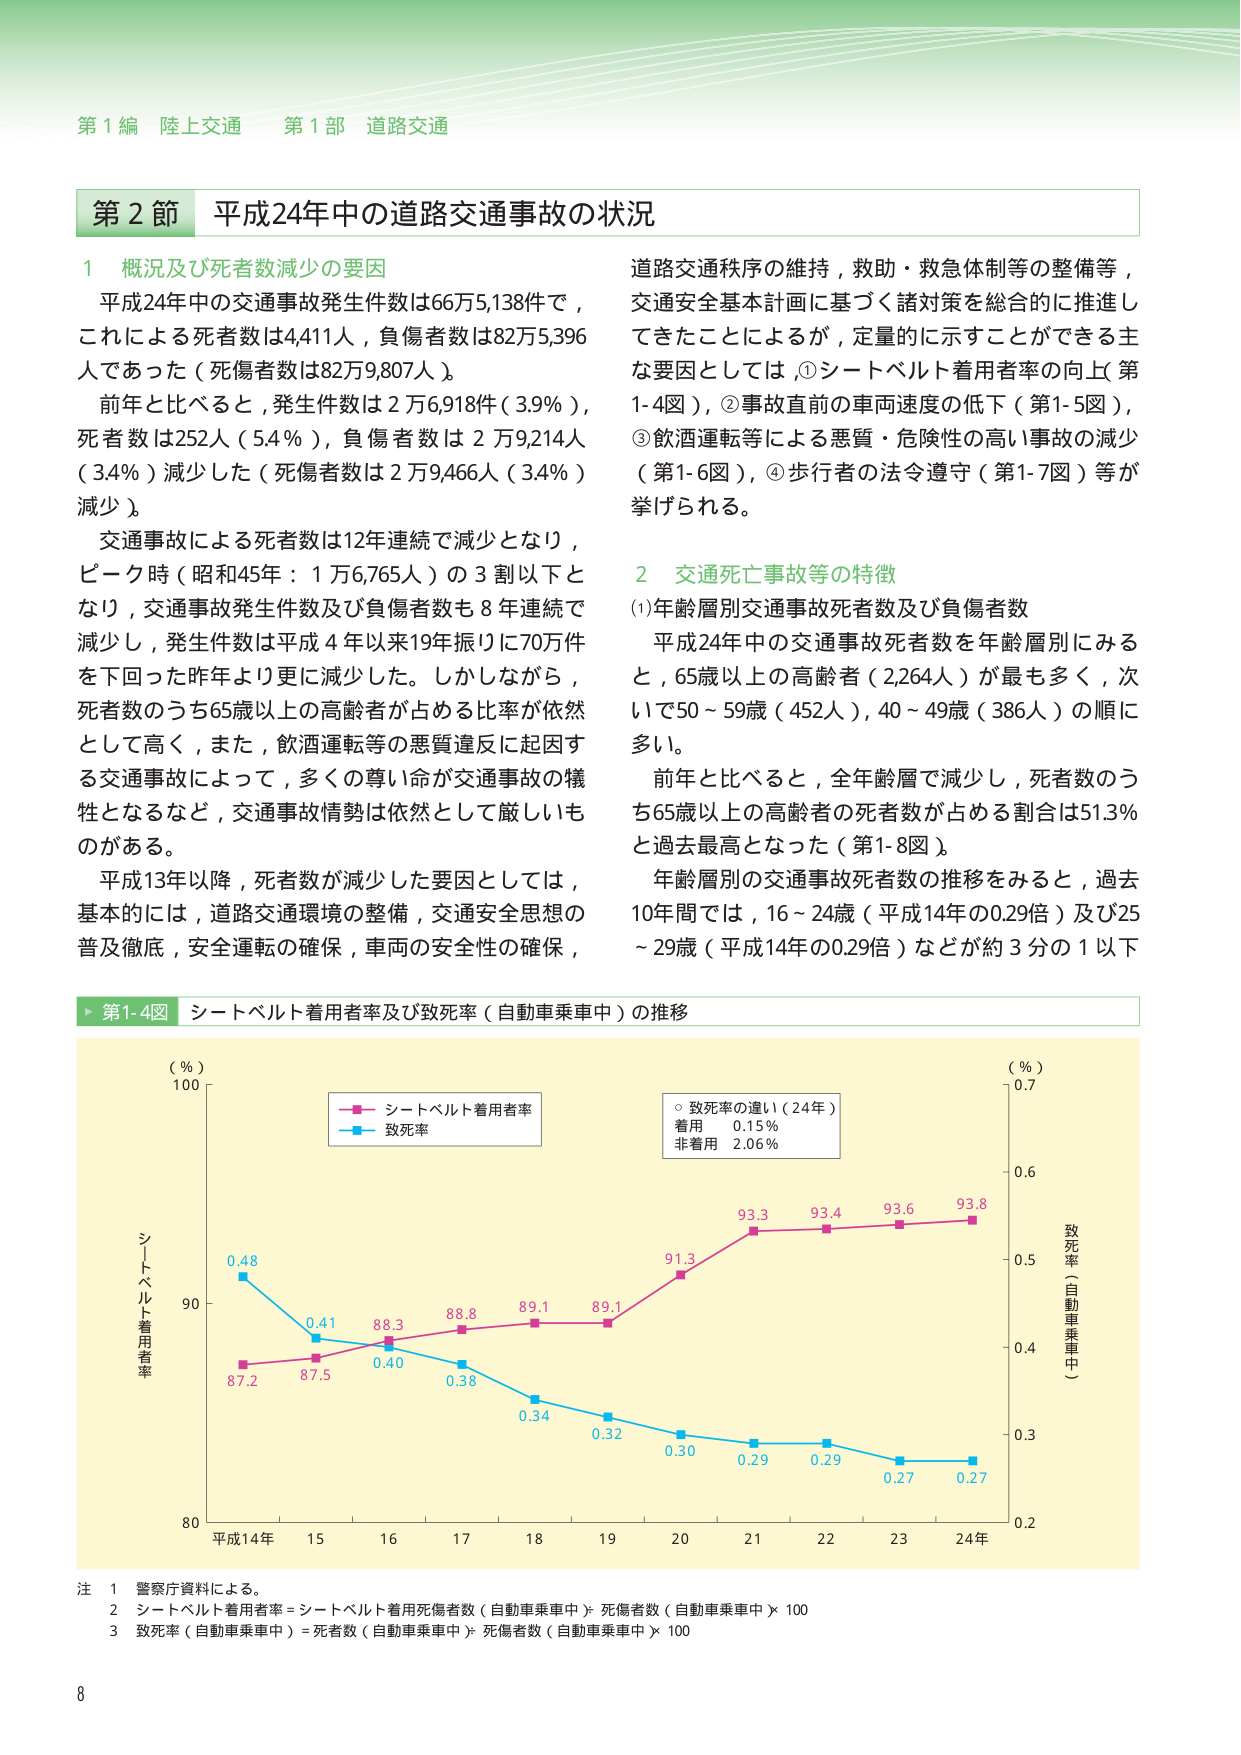
第１編 陸上交通 第１部 道路交通

第２節 平成24年中の道路交通事故の状況

１ 概況及び死者数減少の要因
平成24年中の交通事故発生件数は66万5,138件で、
これによる死者数は4,411人、負傷者数は82万5,396
人であった（死傷者数は82万9,807人）。
前年と比べると、発生件数は2万6,918件（3.9％）、
死者数は252人（5.4％）、負傷者数は2万9,214人
（3.4％）減少した（死傷者数は2万9,466人（3.4％）
減少）。
交通事故による死者数は12年連続で減少となり、
ピーク時（昭和45年：1万6,765人）の3割以下と
なり、交通事故発生件数及び負傷者数も8年連続で
減少し、発生件数は平成4年以来19年振りに70万件
を下回った昨年より更に減少した。しかしながら、
死者数のうち65歳以上の高齢者が占める比率が依然
として高く、また、飲酒運転等の悪質違反に起因す
る交通事故によって、多くの尊い命が交通事故の犠
牲となるなど、交通事故情勢は依然として厳しいも
のがある。
平成13年以降、死者数が減少した要因としては、
基本的には、道路交通環境の整備、交通安全思想の
普及徹底、安全運転の確保、車両の安全性の確保、

道路交通秩序の維持、救助・救急体制等の整備等、
交通安全基本計画に基づく諸対策を総合的に推進し
てきたことによるが、定量的に示すことができる主
な要因としては、①シートベルト着用者率の向上（第
1-4図）、②事故直前の車両速度の低下（第1-5図）、
③飲酒運転等による悪質・危険性の高い事故の減少
（第1-6図）、④歩行者の法令遵守（第1-7図）等が
挙げられる。

２ 交通死亡事故等の特徴
(1)年齢層別交通事故死者数及び負傷者数
平成24年中の交通事故死者数を年齢層別にみる
と、65歳以上の高齢者（2,264人）が最も多く、次
いで50～59歳（452人）、40～49歳（386人）の順に
多い。
前年と比べると、全年齢層で減少し、死者数のう
ち65歳以上の高齢者の死者数が占める割合は51.3％
と過去最高となった（第1-8図）。
年齢層別の交通事故死者数の推移をみると、過去
10年間では、16～24歳（平成14年の0.29倍）及び25
～29歳（平成14年の0.29倍）などが約3分の1以下

▶ 第1-4図 シートベルト着用者率及び致死率（自動車乗車中）の推移

（％）
100
シートベルト着用者率
致死率
（％）
0.7
○ 致死率の違い（24年）
着用 0.15％
非着用 2.06％
0.6
致死率（自動車乗車中）
93.3 93.4 93.6 93.8
91.3
0.5
0.4
0.3
0.2
80
平成14年 15 16 17 18 19 20 21 22 23 24年

注 1 警察庁資料による。
2 シートベルト着用者率＝シートベルト着用死傷者数（自動車乗車中）÷死傷者数（自動車乗車中）×100
3 致死率（自動車乗車中）＝死者数（自動車乗車中）÷死傷者数（自動車乗車中）×100

8